Problem: 3 × 4 = ?
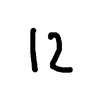
Handwritten answer: 12